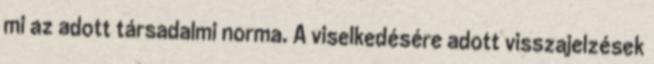
mi az adott társadalmi norma. A viselkedésére adott visszajelzések